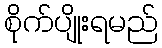
စိုက်ပျိုးရမည်